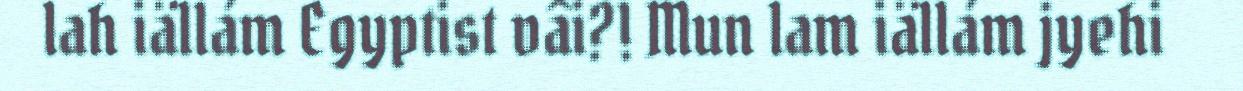
lah iällám Egyptist vâi?! Mun lam iällám jyehi